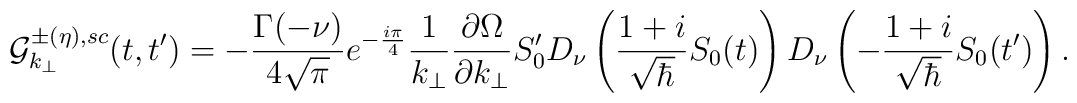
{\cal{G}}_{k_\perp}^{\pm(\eta),sc} (t,t^\prime)=- { \Gamma(-\nu)  \over 4\sqrt{\pi} }  e^{- {i\pi \over4}} {1  \over k_\perp}  {\partial \Omega \over \partial k_\perp}   S_0^\prime  D_\nu \left( {1+i\over \sqrt{\hbar}} S_0(t) \right)  D_\nu \left(-{1+i\over \sqrt{\hbar}} S_0(t^\prime) \right).